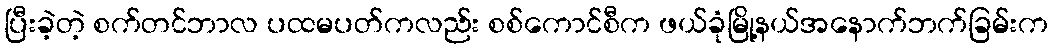
ပြီးခဲ့တဲ့ စက်တင်ဘာလ ပထမပတ်ကလည်း စစ်ကောင်စီက ဖယ်ခုံမြို့နယ်အနောက်ဘက်ခြမ်းက